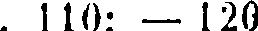
. 110: — 120